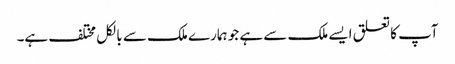
آپ کا تعلق ایسے ملک سے ہے جو ہمارے ملک سے بالکل مختلف ہے۔